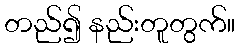
တည်၍ နည်းတူတွက်။